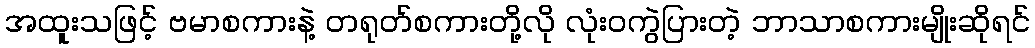
အထူးသဖြင့် ဗမာစကားနဲ့ တရုတ်စကားတို့လို လုံးဝကွဲပြားတဲ့ ဘာသာစကားမျိုးဆိုရင်